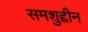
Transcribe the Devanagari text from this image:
समशुद्दीन